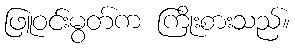
ဖြူဝင်းမွတ်က ကြိုးစားသည်။